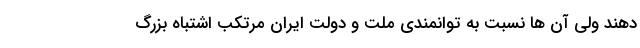
دهند ولی آن ها نسبت به توانمندی ملت و دولت ایران مرتکب اشتباه بزرگ